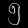
Digit: ၅